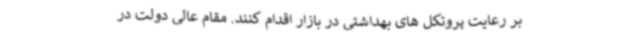
بر رعایت پروتکل های بهداشتی در بازار اقدام کنند. مقام عالی دولت در